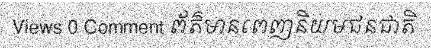
Views 0 Comment ព័ត៌មានពេញនិយមជនជាតិ